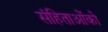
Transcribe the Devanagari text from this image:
संहिताओंको